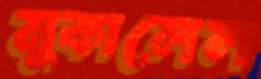
মুকালেল